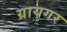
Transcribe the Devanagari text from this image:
ग्रायगर